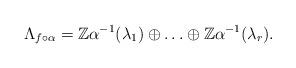
LaTeX: \begin{align*}\Lambda _{f\circ \alpha}= \mathbb{Z}\alpha ^{-1}(\lambda _1) \oplus \ldots \oplus \mathbb{Z}\alpha ^{-1}(\lambda _r).\end{align*}